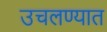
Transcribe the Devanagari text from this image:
उचलण्‍यात